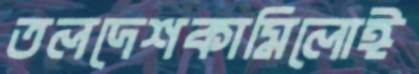
তলদেশকামিলোঈ